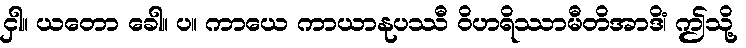
ငှါ။ ယတော ခေါ။ ပ။ ကာယေ ကာယာနုပဿီ ဝိဟရိဿာမီတိအာဒိံ၊ ဤသို့